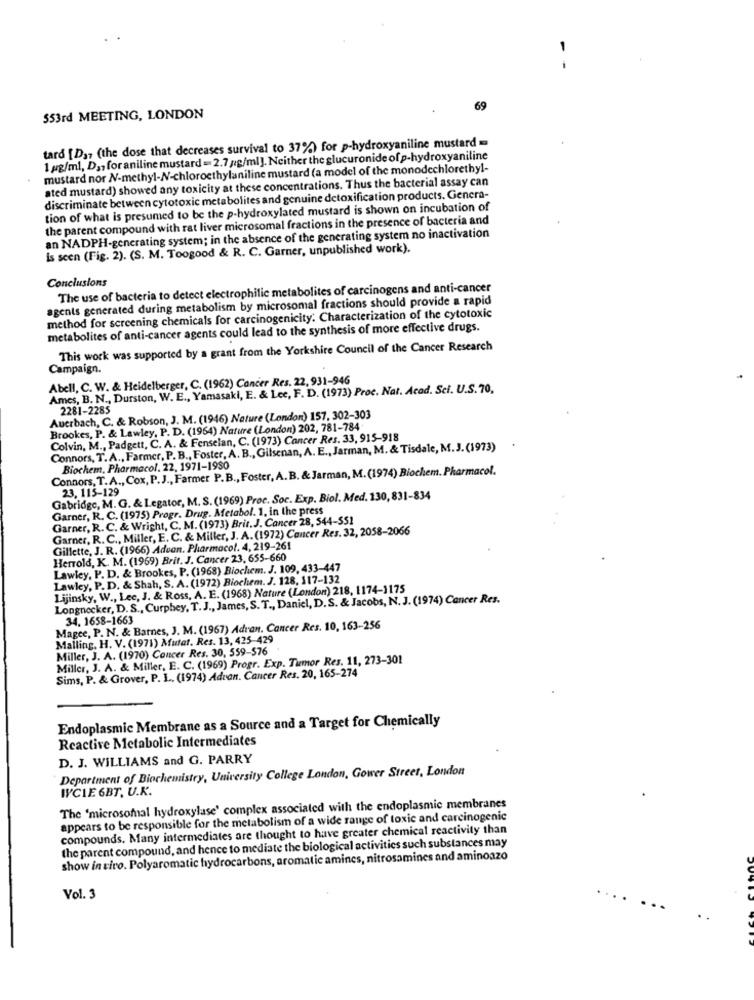
- -
69
553rd MEETING, LONDON
tard [D37 (the dose that decreases survival to 37%) for p-hydroxyaniline mustard =
1 gg/ml, Da, for aniline mustard = 2.7 g/ml]. Neither the glucuronide of p-hydroxyaniline
mustard nor N-methyl-N-chloroethylaniline mustard (a model of the monodechlorethyl-
ated mustard) showed any toxicity at these concentrations. Thus the bacterial assay can
discriminate between cytotoxic metabolites and genuine detoxification products. Genera-
tion of what is presumed to be the p-hydroxylated mustard is shown on incubation of
the parent compound with rat liver microsomal fractions in the presence of bacteria and
an NADPH-generating system; in the absence of the generating system no inactivation
is scen (Fig. 2). (S. M. Toogood & R. C. Garner, unpublished work).
Conclusions
The use of bacteria to detect electrophilic metabolites of carcinogens and anti-cancer
agents generated during metabolism by microsomal fractions should provide a rapid
method for screening chemicals for carcinogenicity. Characterization of the cytotoxic
metabolites of anti-cancer agents could lead to the synthesis of more effective drugs.
This work was supported by a grant from the Yorkshire Council of the Cancer Research
Campaign.
Abell, C. W. & Heidelberger, C. (1962) Cancer Res. 22, 931-946
Ames, B. N ., Durston, W. E ., Yamasaki, E. & Lee, F. D. (1973) Proc. Nat. Acad. Sci. U.S.70,
2281-2285
Auerbach, C. & Robson, J. M. (1946) Nature (London) 157, 302-303
Brookes, P. & Lawley, P. D. (1964) Nature (London) 202, 781-784
Colvin, M ., Padgett, C. A. & Fenselan, C. (1973) Cancer Res. 33, 915-918
Connors, T.A ., Farmer, P. B ., Foster, A. B ., Gilsenan, A. E ., Jarman, M. & Tisdale, M.J.(1973)
Connors, T.A ., Cox, P. J ., Farmer P.B ., Foster, A.B. & Jarman, M.(1974) Biochem. Pharmacol.
Biochem, Pharmacol. 22, 1971-1980
23, 115-129
Gabridge, M.G. & Legator, M. S. (1969) Proc. Soc. Exp. Biol. Med. 130, 831-834
Garner, R. C. (1975) Progr. Drug. Metabol. 1. in the press
Garner, R. C. & Wright, C. M. (1973) Brit.J. Cancer 28, 544-551
Garner, R. C ., Miller, E. C. & Miller, J. A. (1972) Cancer Res. 32, 2058-2066
Gillette, J. R. (1966) Aduan. Pharmacol. 4, 219-261
Herrold, K. M. (1969) Brit. J. Cancer 23, 655-660
Lawley, P. D. & Brookes, P. (1968) Biochem. J. 109, 433-447
Lawley, P. D. & Shah, S. A. (1972) Biochem. J. 128, 117-132
Lijinsky, W ., Lec, J. & Ross, A. E. (1968) Nature (London) 218, 1174-1175
Longnecker, D. S ., Curphey, T.J ., James, S. T ., Daniel, D.S. & Jacobs, N. J. (1974) Cancer Res.
34. 1658-1663
Magee, P. N. & Barnes, J. M. (1967) Adran. Cancer Res. 10, 163-256
Malling, H. V. (1971) Mutat. Res. 13, 425-429
Miller, J. A. (1970) Cancer Res. 30, 559-576
Miller, J. A. & Miller, E. C. (1969) Progr. Exp. Tumor Res. 11, 273-301
Sims, P. & Grover, P. L. (1974) Adran. Cancer Res. 20, 165-274
Endoplasmic Membrane as a Source and a Target for Chemically
Reactive Metabolic Intermediates
D. J. WILLIAMS and G. PARRY
Department of Biochemistry, University College London, Gower Street, London
WYCIE 6BT. U.K.
The 'microsofal hydroxylase' complex associated with the endoplasmic membranes
appears to be responsible for the metabolism of a wide range of toxic and carcinogenic
compounds. Many intermediates are thought to have greater chemical reactivity than
the parent compound, and hence to mediate the biological activities such substances may
show in vivo. Polyaromatic hydrocarbons, aromatic amines, nitrosamines and aminoazo
Vol. 3